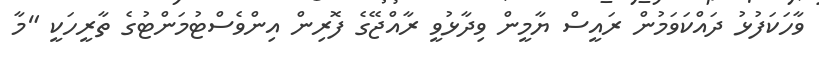
ވާހަކަފުޅު ދައްކަވަމުން ރައީސް ޔާމީން ވިދާޅުވީ ރާއްޖޭގެ ފޮރިން އިންވެސްޓުމަންޓުގެ ތާރީހަކީ "މާ